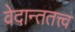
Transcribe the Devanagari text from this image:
वेदान्ततत्त्‍व